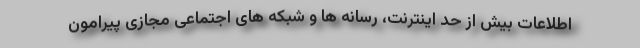
اطلاعات بیش از حد اینترنت، رسانه ها و شبکه های اجتماعی مجازی پیرامون